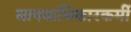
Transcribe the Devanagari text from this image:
मानवाधिकारकर्मी